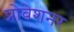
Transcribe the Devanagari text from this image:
प्रोबेशनर